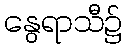
နွေရာသီ၌